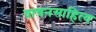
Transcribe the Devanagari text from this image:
वाचनसाहित्य